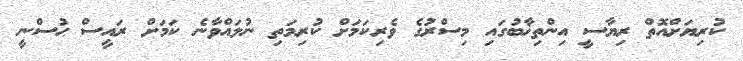
ކުރިޔަށްއޮތް ރިޔާސީ އިންތިޚާބުގައި މިސްރުގެ ވެރިކަމަށް ކުރިމަތި ނުލައްވާނެ ކަމަށް ރައީސް ޙުސްނީ